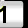
Digit: 1